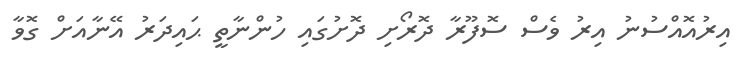
އިރުއޮއްސުނު އިރު ވެސް ސޮފޫރާ ދޮރޯށި ދޮށުގައި ހުންނާތީ ޙައިދަރު އޭނާއަށް ގޮވާ